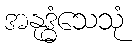
အနုဒ္ဓံသေသုံ